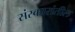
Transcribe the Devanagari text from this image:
संस्कारांतील